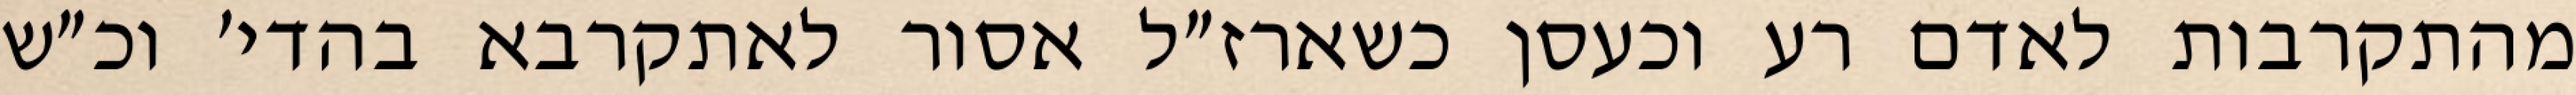
מהתקרבות לאדם רע וכעסן כשארז״ל אסור לאתקרבא בהדי׳ וכ״ש